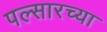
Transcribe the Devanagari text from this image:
पल्सारच्या